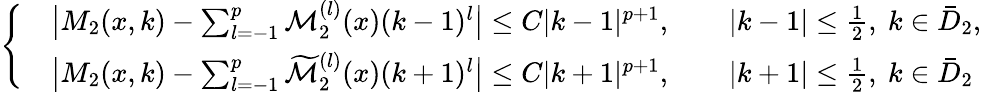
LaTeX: \begin{array}{r}{\left\{ \begin{array}{ll}&{\big|M_{2}(x,k)-\sum_{l=-1}^{p}\mathcal{M}_{2}^{(l)}(x)(k-1)^{l}\big|\leq C|k-1|^{p+1},\qquad|k-1|\leq\frac{1}{2},\ k\in\bar{D}_{2},}\\ &{\big|M_{2}(x,k)-\sum_{l=-1}^{p}\widetilde{\mathcal{M}}_{2}^{(l)}(x)(k+1)^{l}\big|\leq C|k+1|^{p+1},\qquad|k+1|\leq\frac{1}{2},\ k\in\bar{D}_{2}}\end{array}\right.}\end{array}